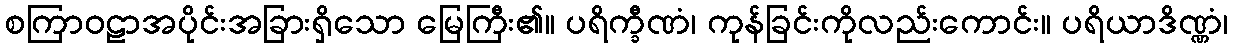
စကြာဝဠာအပိုင်းအခြားရှိသော မြေကြီး၏။ ပရိက္ခီဏံ၊ ကုန်ခြင်းကိုလည်းကောင်း။ ပရိယာဒိဏ္ဏံ၊